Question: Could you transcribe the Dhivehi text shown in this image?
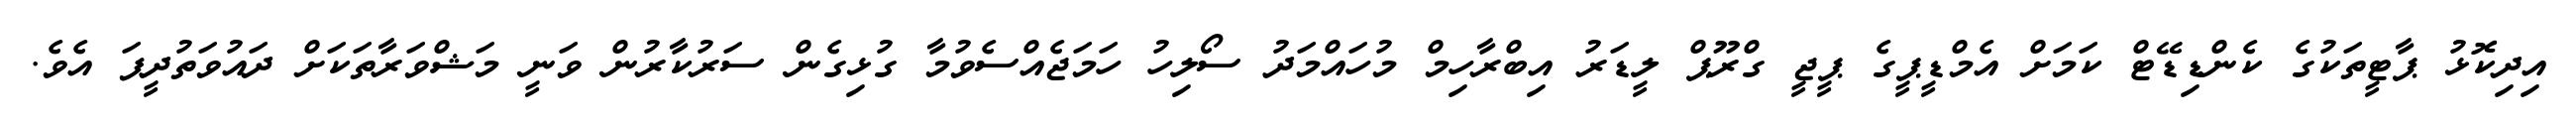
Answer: އިދިކޮޅު ޕާޓީތަކުގެ ކެންޑިޑޭޓް ކަމަށް އެމްޑީޕީގެ ޕީޖީ ގްރޫޕް ލީޑަރު އިބްރާހިމް މުހައްމަދު ސޯލިހު ހަމަޖެއްސެވުމާ ގުޅިގެން ސަރުކާރުން ވަނީ މަޝްވަރާތަކަށް ދައުވަތުދީފަ އެވެ.